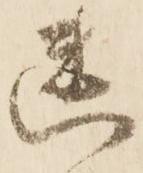
幽